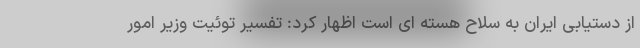
از دستیابی ایران به سلاح هسته ای است اظهار کرد: تفسیر توئیت وزیر امور